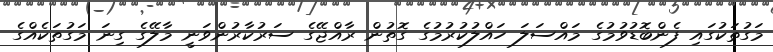
މަގުތަކުގައި ފެންބޮޑުވުމުގެ މައްސަލަ ހައްލުކުރުމުގެ ގޮތުން ރާއްޖޭގެ ސަރުކާރުންވަނީ މާލޭގެ ގިނަ މަގުތަކެއްގެ